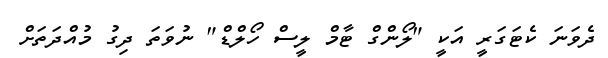
ދެވަނަ ކެޓަގަރީ އަކީ "ލޯންގް ޓާމް ލީސް ހޯލްޑް" ނުވަތަ ދިގު މުއްދަތަށް